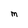
Character: m